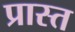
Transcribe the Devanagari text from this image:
प्रास्त